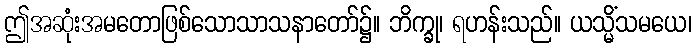
ဤအဆုံးအမတောဖြစ်သောသာသနာတော်၌။ ဘိက္ခု၊ ရဟန်းသည်။ ယသ္မိံသမယေ၊